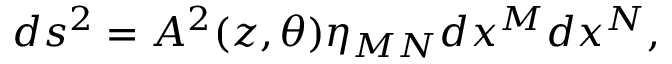
d s ^ { 2 } = A ^ { 2 } ( z , \theta ) \eta _ { M N } d x ^ { M } d x ^ { N } ,